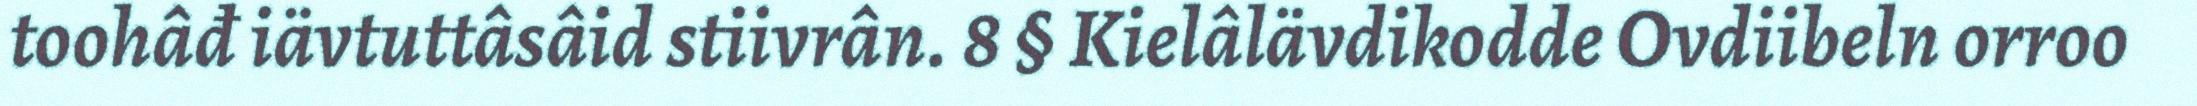
toohâđ iävtuttâsâid stiivrân. 8 § Kielâlävdikodde Ovdiibeln orroo